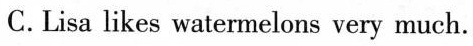
C.Lisa likes watermelons very much.